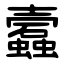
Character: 蠧